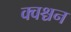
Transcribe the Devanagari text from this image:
क्वश्चन